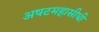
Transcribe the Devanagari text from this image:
अषटमहासीधी